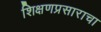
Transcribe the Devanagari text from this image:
शिक्षणप्रसाराचा